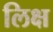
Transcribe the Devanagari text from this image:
लिक्ष